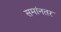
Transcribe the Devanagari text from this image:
समांनतर